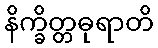
နိက္ခိတ္တဓုရာတိ